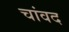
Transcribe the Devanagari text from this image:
चांवद